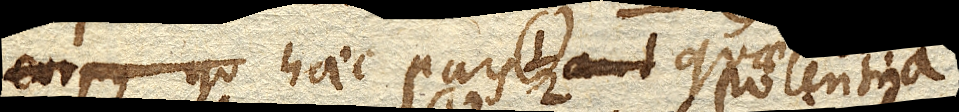
corpus qu haec pars quae